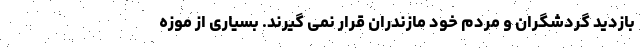
بازدید گردشگران و مردم خود مازندران قرار نمی گیرند. بسیاری از موزه